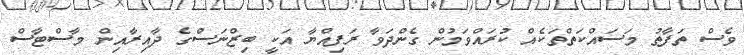
ވެސް ތަފާތު މަސައްކަތްތަކެއް ކުރައްވަމުން ގެންދަވާ ރަފިއްޔާ އަކީ ބިޒްނަސްގެ ދާއިރާއިން މާސްޓާސް